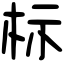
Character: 标